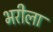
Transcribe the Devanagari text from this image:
भरीला